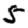
Digit: 5